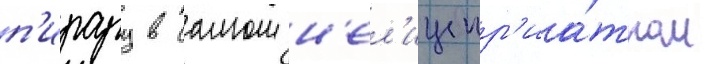
п'ирару в самом н'ел'ицепр'иа́тном